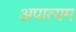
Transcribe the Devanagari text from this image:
अपात्यम